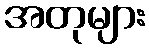
အတုများ